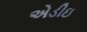
એડીઇ